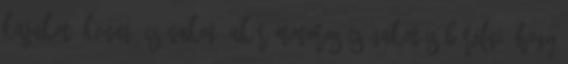
kajakot, kenut, csónakot, akár motoros csónakot is bérelni, hogy